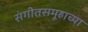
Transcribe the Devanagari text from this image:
संगीतसमूहाच्या